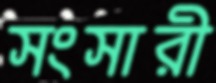
সংসারী